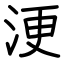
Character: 浭